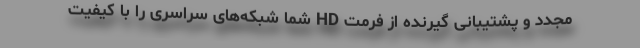
مجدد و پشتیبانی گیرنده از فرمت HD شما شبکه‌های سراسری را با کیفیت